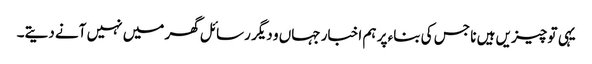
یہی تو چیزیں ہیں نا جس کی بناء پر ہم اخبار جہاں و دیگر رسائل گھر میں نہیں آنے دیتے۔